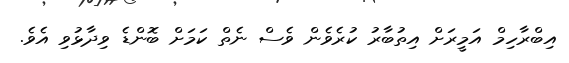
އިބްރާހިމް އަމީރަށް އިތުބާރު ކުރެވެން ވެސް ނެތް ކަމަށް ބޮންޑެ ވިދާޅުވި އެވެ.